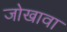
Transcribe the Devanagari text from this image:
जोखावा